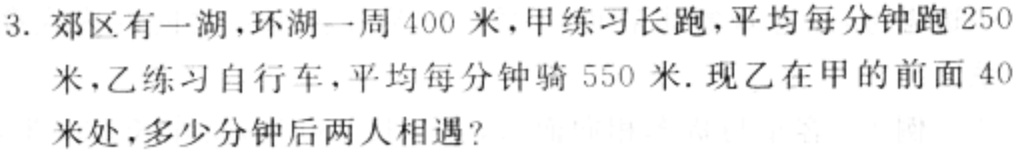
3. 郊区有一湖，环湖一周 400 米，甲练习长跑，平均每分钟跑 250 米，乙练习自行车，平均每分钟骑 550 米. 现乙在甲的前面 40 米处，多少分钟后两人相遇？